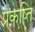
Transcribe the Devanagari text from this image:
प्रकष्ति